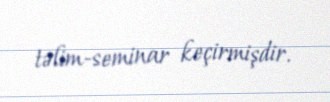
təlim-seminar keçirmişdir.